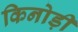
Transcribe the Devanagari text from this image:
किनोड़ी